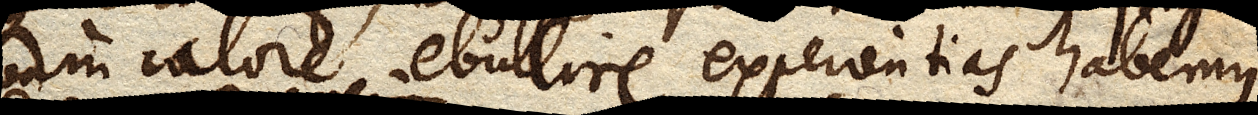
quam calore ebullire experientias habemus.